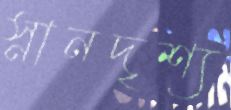
স্নানদৃশ্য